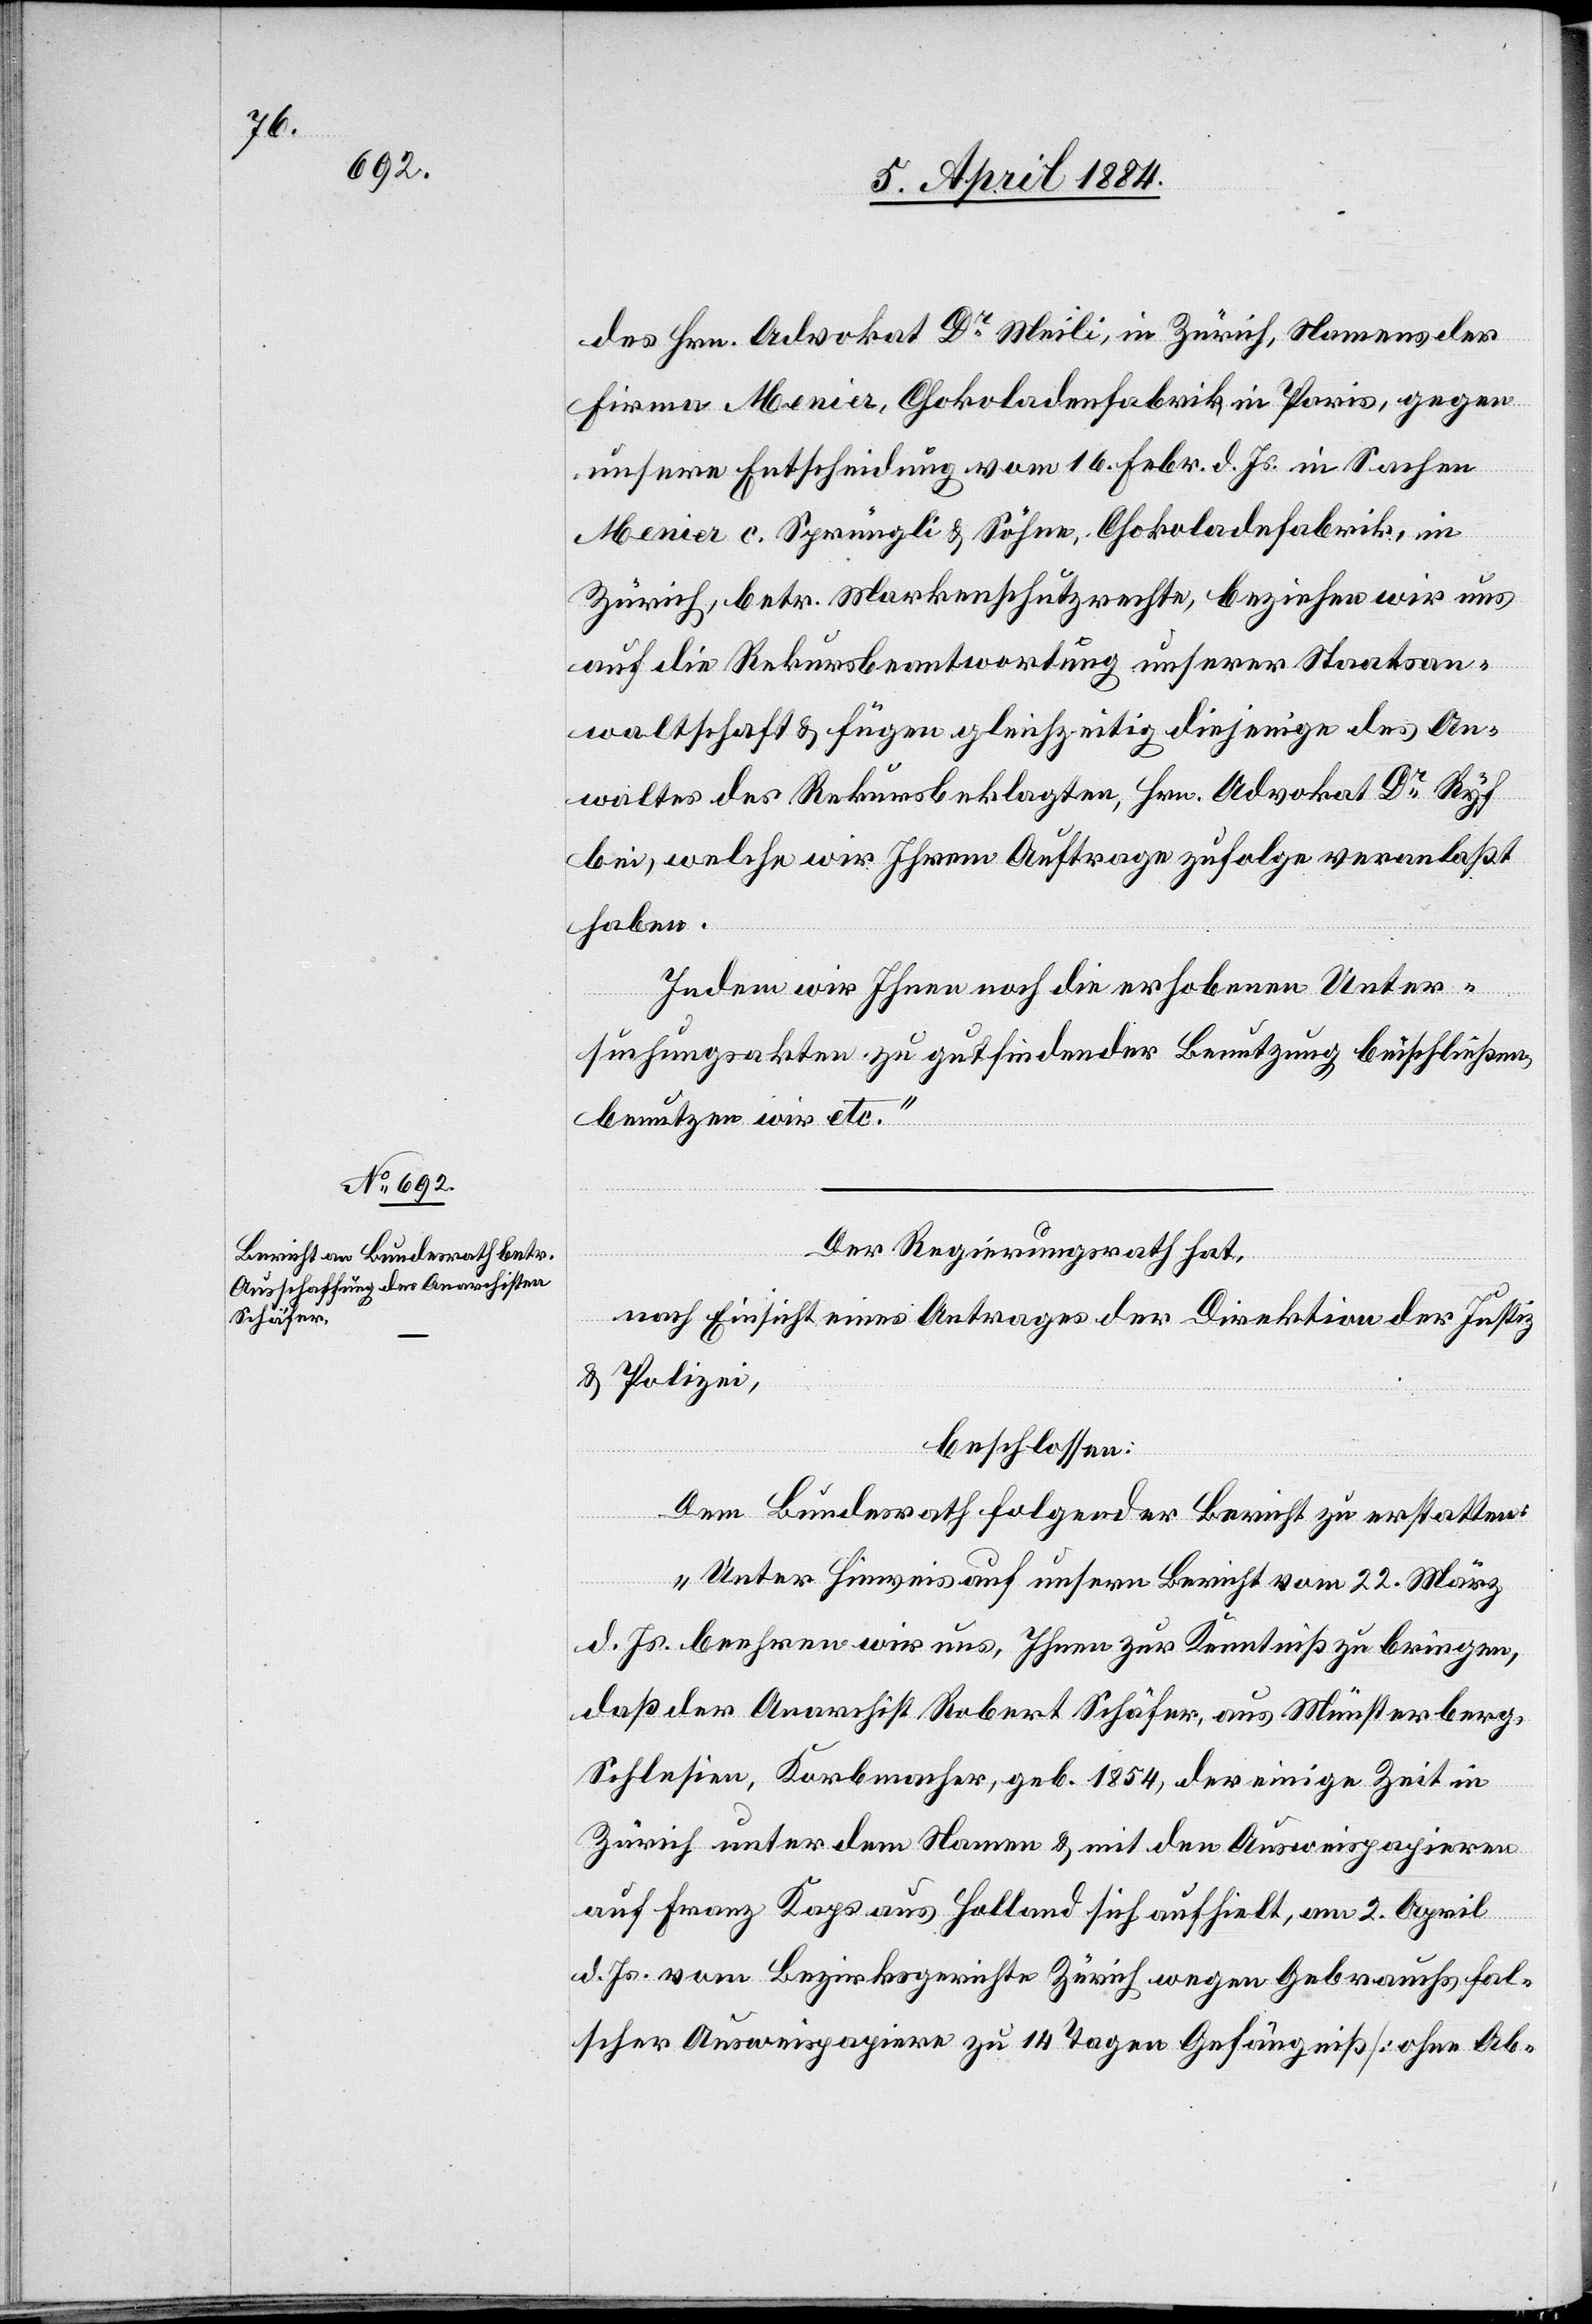
des Hrn. Advokat Dr Meili, in Zürich, Namens der
Firma
Menier c. Sprüngli & Söhne, Chokoladenfabrik, in
Zürich, betr. Markenschutzrechte, beziehen wir uns
auf die Rekursbeantwortung unserer Staatsan¬
waltschaft & fügen gleichzeitig diejenigen des An¬
waltes des Rekursbeklagten, Hrn. Advokat Dr Ryf
bei, welche wir Ihrem Auftrage zufolge veranlaßt
haben.
Indem wir Ihnen noch die erhobenen Unter¬
suchungsakten zu gutfindender Benutzung beischließen,
benutzen wir etc.“
Der Regierungsrath hat,
nach Einsicht eines Antrages der Direktion der Justiz
&Polizei,
beschlossen:
Dem Bundesrath folgender Bericht zu erstatten:
„Unter Hinweis auf unsern Bericht vom 22. März
d. Js. beehren wir uns, Ihnen zur Kenntniß zu bringen,
daß der Anarchist Robert Schäfer, aus Münsterberg,
Schlesien, Korbmacher, geb. 1854, der einige Zeit in
Zürich unter dem Namen & mit den Ausweispapieren
auf Franz Kaps aus Holland sich aufhielt, am 2. April
d. Js. vom Bezirksgericht Zürich wegen Gebrauchs fal¬
scher Ausweispapieren zu 14 Tagen Gefängniß [ohne Ab-